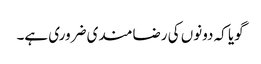
گویا کہ دونوں کی رضامندی ضروری ہے۔